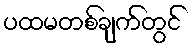
ပထမတစ်ချက်တွင်